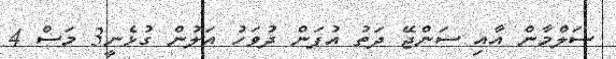
ސަލްމާން އާއި ސަންޖޭ ދަތު އުފަން ދުވަހު އަލުން ގުޅެނީ3 މަސް 4